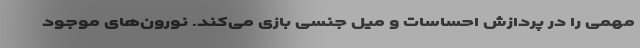
مهمی را در پردازش احساسات و میل جنسی بازی می‌کند. نورون‌های موجود